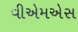
વીએમએસ